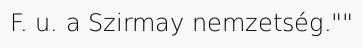
F. u. a Szirmay nemzetség.""